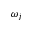
\omega _ { j }